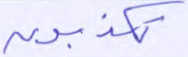
تكذبون